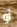
أو